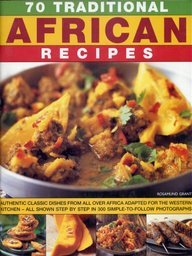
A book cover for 70 Traditional African Recipes; Rosamund Grant; Cookbooks, Food & Wine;